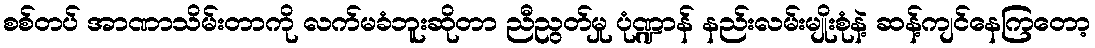
စစ်တပ် အာဏာသိမ်းတာကို လက်မခံဘူးဆိုတာ ညီညွတ်မှု ပုံဏ္ဍာန် နည်းလမ်းမျိုးစုံနဲ့ ဆန့်ကျင်နေကြတော့